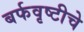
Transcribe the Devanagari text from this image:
बर्फवृष्टीचे